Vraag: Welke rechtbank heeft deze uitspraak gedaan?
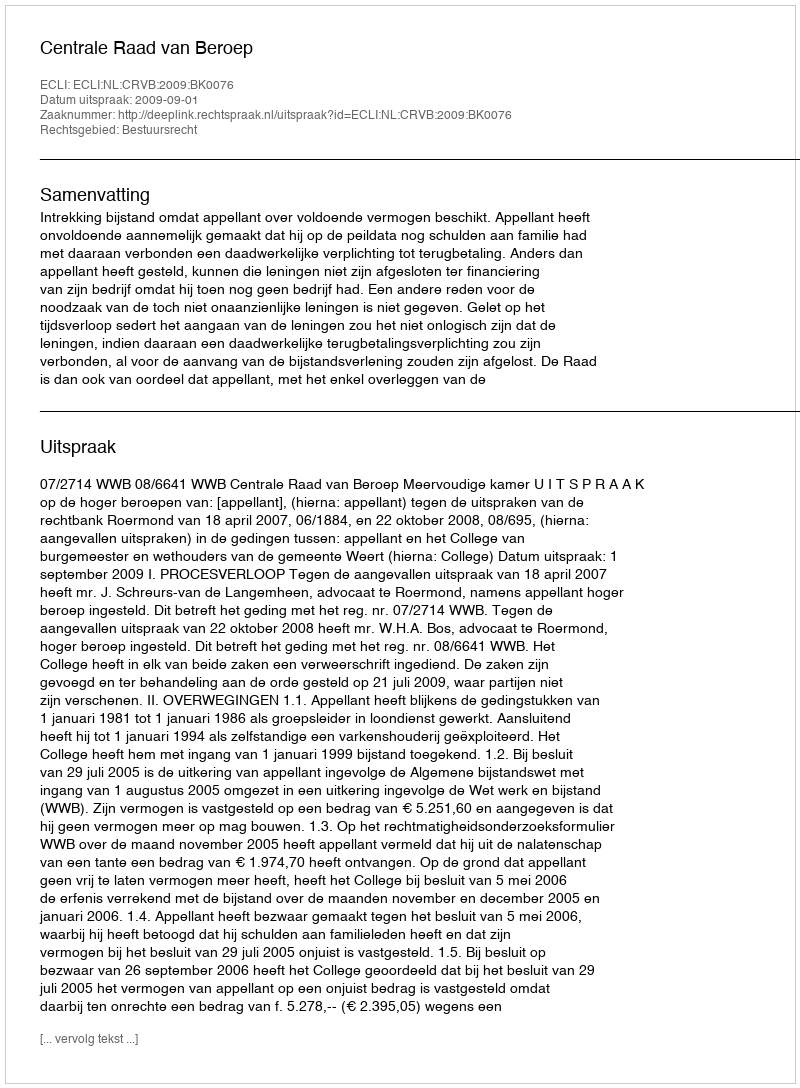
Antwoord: Centrale Raad van Beroep